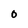
Character: O